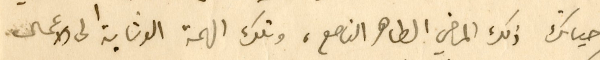
حياتك ذلك الماضي الطاهر الناصع، وتلك الهمة الوثابة الى الاعمال